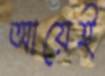
আয়েই